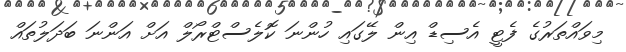
މިވައްތަރުގެ ފެޓީ އެސިޑް އިން ލޭގައި ހުންނަ ކޮލެސްޓްރޯލް އަށް އަންނަ ބަދަލުތައް